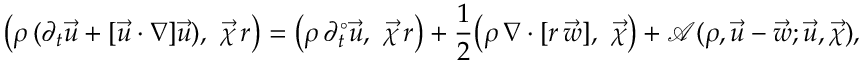
\bigl ( \rho \, ( \partial _ { t } \vec { u } + [ \vec { u } \cdot \nabla ] \vec { u } ) , ~ \vec { \chi } \, r \bigr ) = \bigl ( \rho \, \partial _ { t } ^ { \circ } \vec { u } , ~ \vec { \chi } \, r \bigr ) + \frac { 1 } { 2 } \bigl ( \rho \, \nabla \cdot [ r \, \vec { w } ] , ~ \vec { \chi } \bigr ) + \mathscr { A } ( \rho , \vec { u } - \vec { w } ; \vec { u } , \vec { \chi } ) ,